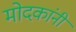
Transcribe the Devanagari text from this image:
मोदकांनी